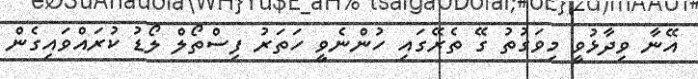
އޭނާ ވިދާޅުވީ މިވަގުތު ގޭ ތެރޭގައި ހުންނެވީ ހަތަރު ފިސްތޯލް ލޯޑު ކުރައްވައިގެން